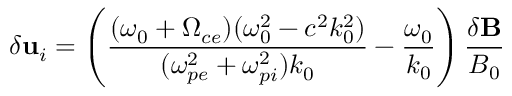
\delta { \bf u } _ { i } = \left( \frac { ( \omega _ { 0 } + \Omega _ { c e } ) ( \omega _ { 0 } ^ { 2 } - c ^ { 2 } k _ { 0 } ^ { 2 } ) } { ( \omega _ { p e } ^ { 2 } + \omega _ { p i } ^ { 2 } ) k _ { 0 } } - \frac { \omega _ { 0 } } { k _ { 0 } } \right) \frac { { \delta \bf B } } { B _ { 0 } }